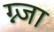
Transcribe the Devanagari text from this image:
ग्न्जा